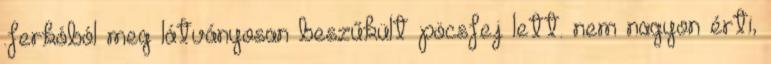
.ferkóból meg látványosan beszűkült pöcsfej lett. nem nagyon érti,